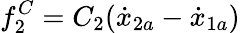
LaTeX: f_{2}^{C}=C_{2}(\dot{x}_{2a}-\dot{x}_{1a})